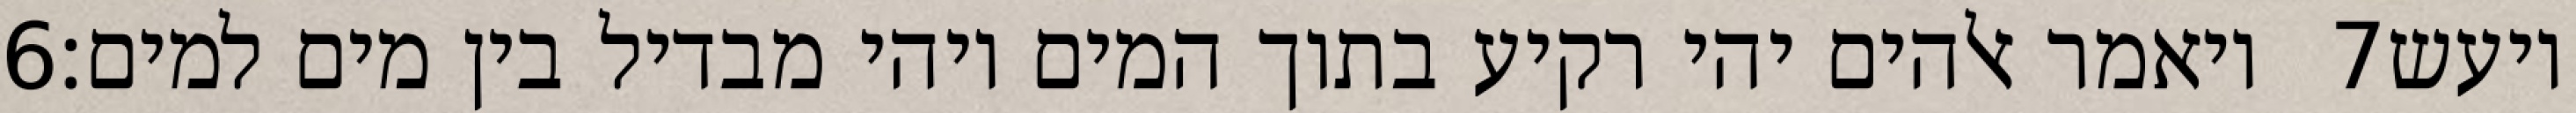
‎6‏ ויאמר אלהים יהי רקיע בתוך המים ויהי מבדיל בין מים למים׃ ‎7‏ ויעש